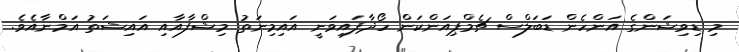
މި ޑިވިޝަންގެ އަންހެން ޑަބަލްސް ޗެމްޕިއަންކަން ހޯދާފައިވަނީ އައިމިނަތު މިޝްފާއާއި އައިޝަތު އަމްނާއެވެ.